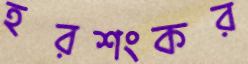
হরশংকর